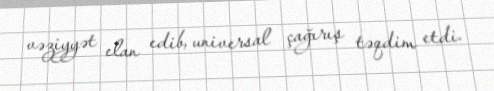
vəziyyət elan edib, universal çağırış təqdim etdi.